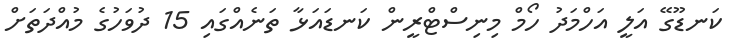
ކަނޑޫގޭ އަލީ އަހްމަދު ހޯމް މިނިސްޓްރީން ކަނޑައަޅާ ތަނެއްގައި 15 ދުވަހުގެ މުއްދަތަށް